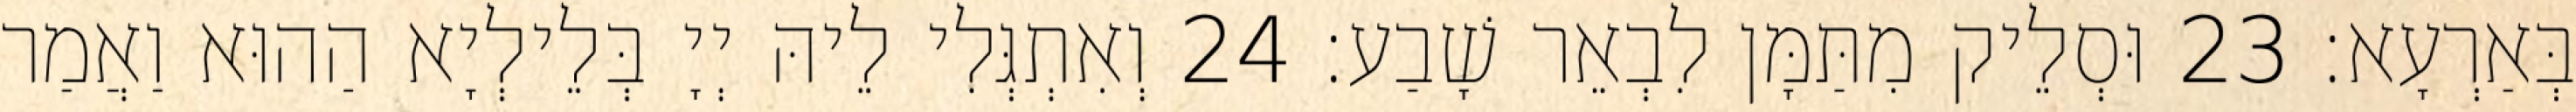
בְּאַרְעָא׃ 23 וּסְלֵיק מִתַּמָּן לִבְאֵר שָׁבַע׃ 24 וְאִתְגְּלִי לֵיהּ יְיָ בְּלֵילְיָא הַהוּא וַאֲמַר